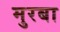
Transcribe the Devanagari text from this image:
मुरबा